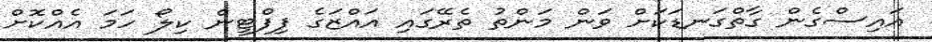
އައިސްގެން ގާތްގަނޑަކަށް ވަން މަންތު ތެރޭގައި އައްޒަގެ ފިފްޓީން ކިލޯ ހަމަ އެއްކޮށް